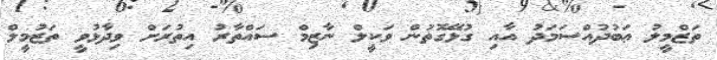
ތަޒްމީލު ޢަބުދުއްސަމަދު އާއި ގުޅޭގޮތުން ވަކީލް ނާޒިމް ސައްތާރު އިތުރަށް ވިދާޅުވީ ތަޒުމީލް